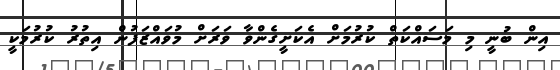
އިން ބުނީ މި މަސައްކަތް ކުރުމަށް އެކަށީގެންވާ ވަރަށް މުވައްޒަފުން އިތުރު ކުރުމަކީ